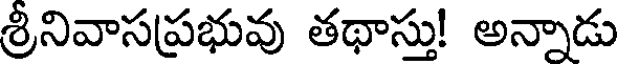
శ్రీనివాసప్రభువు తథాస్తు! అన్నాడు